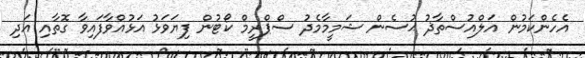
އެހެންކަމުން އަލްއުސްތާޛު ޙުސެން ޝަމީމާމެދު ސްޕްރީމް ކޯޓުން ފިޔަވަޅު އަޅުއްވާފައިވާ ގޮތާއި އަދި